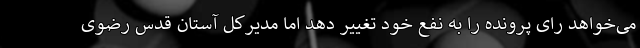
می‌خواهد رای پرونده را به نفع خود تغییر دهد اما مدیرکل آستان قدس رضوی